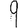
Digit: 9